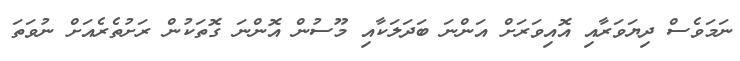
ނަމަވެސް ދިޔަވަރާއި އޮއިވަރަށް އަންނަ ބަދަލަކާއި މޫސުން އޮންނަ ގޮތަކުން ރަށުތެރެއަށް ނުވަތަ